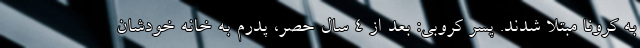
به کرونا مبتلا شدند. پسر کروبی: بعد از ۴ سال حصر، پدرم به خانه خودشان